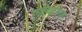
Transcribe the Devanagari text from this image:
स्वीचगियर